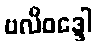
ဗလိဝဒ္ဒေါ